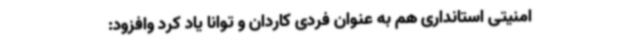
امنیتی استانداری هم به عنوان فردی کاردان و توانا یاد کرد وافزود: